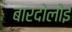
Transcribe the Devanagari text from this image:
बारदोलोइ